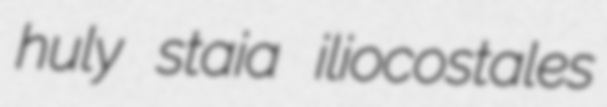
huly staia iliocostales